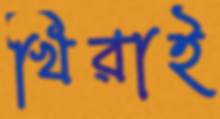
খিরাই